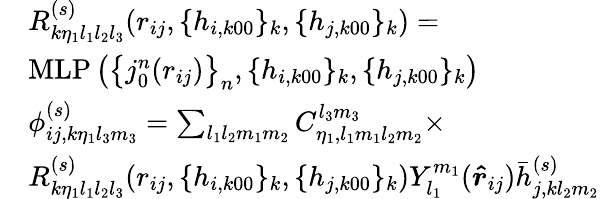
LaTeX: \begin{array}{rl}&{R_{k\eta_{1}l_{1}l_{2}l_{3}}^{(s)}(r_{ij},\{ h_{i,k00}\} _{k},\{ h_{j,k00}\} _{k})=}\\ &{\mathrm{MLP}\left(\left\{ {j_{0}^{n}}(r_{ij})\right\} _{n},\{ h_{i,k00}\} _{k},\{ h_{j,k00}\} _{k}\right)}\\ &{\phi_{ij,k\eta_{1}l_{3}m_{3}}^{(s)}=\sum_{l_{1}l_{2}m_{1}m_{2}}C_{\eta_{1},l_{1}m_{1}l_{2}m_{2}}^{l_{3}m_{3}}\times}\\ &{R_{k\eta_{1}l_{1}l_{2}l_{3}}^{(s)}(r_{ij},\{ h_{i,k00}\} _{k},\{ h_{j,k00}\} _{k})Y_{l_{1}}^{m_{1}}(\boldsymbol{\hat{r}}_{ij})\bar{h}_{j,kl_{2}m_{2}}^{(s)}}\end{array}